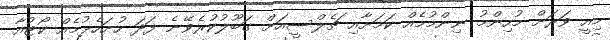
މިއީ ވަރަށް މުހިންމު ނިންމުމެއް ކަމަށާއި ޗެލްސީއަށް ގަބޫލުކުރެވޭނެ ފަދަ ހުށަހެޅުމެއް ކޯޓުއާ